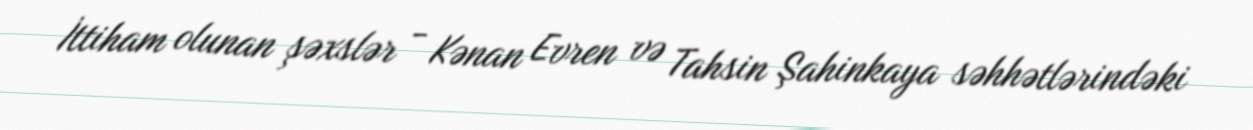
İttiham olunan şəxslər - Kənan Evren və Tahsin Şahinkaya səhhətlərindəki